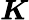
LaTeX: \boldsymbol{K}